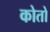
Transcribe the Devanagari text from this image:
कोतो